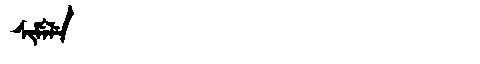
Manchu: ᠰᡳᠮᡝᠯᡝ
Romanization: SIMELE